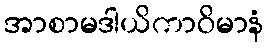
အာစာမဒါယိကာဝိမာနံ